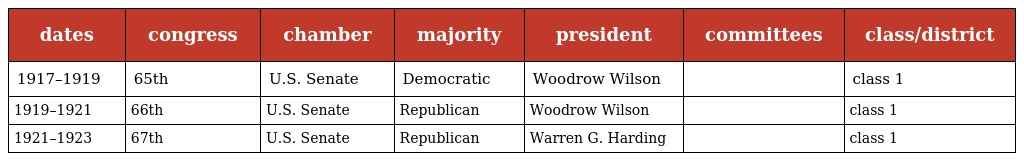
| dates | congress | chamber | majority | president | committees | class/district |
 | --- | --- | --- | --- | --- | --- | --- |
 | 1917–1919 | 65th | U.S. Senate | Democratic | Woodrow Wilson |  | class 1 |
 | 1919–1921 | 66th | U.S. Senate | Republican | Woodrow Wilson |  | class 1 |
 | 1921–1923 | 67th | U.S. Senate | Republican | Warren G. Harding |  | class 1 |